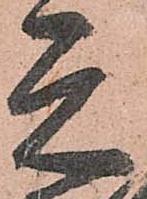
元